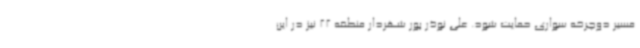
مسیر دوچرخه سواری حمایت شود. علی نوذر پور شهردار منطقه 22 نیز در این